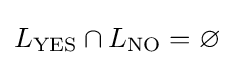
L_{\text{YES}}\cap L_{\text{NO}}=\varnothing